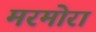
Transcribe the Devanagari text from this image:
मरमोरा